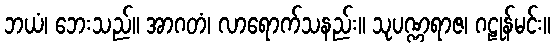
ဘယံ၊ ဘေးသည်။ အာဂတံ၊ လာရောက်သနည်း။ သုပဏ္ဏရာဇ၊ ဂဠုန်မင်း။